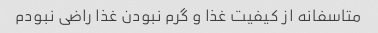
متاسفانه از کیفیت غذا و گرم نبودن غذا راضی نبودم